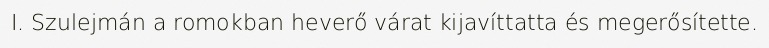
I. Szulejmán a romokban heverő várat kijavíttatta és megerősítette.